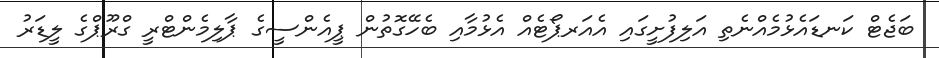
ބަޖެޓް ކަނޑައެޅުމެއްނެތި އަލިފުށީގައި އެއަރޕޯޓެއް އެޅުމާއި ބެހޭގޮތުން ޕީއެންސީގެ ޕާލިމެންޓްރީ ގްރޫޕްގެ ލީޑަރު